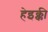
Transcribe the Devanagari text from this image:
हेइक्की